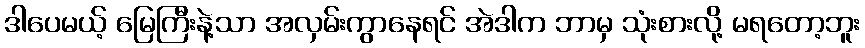
ဒါပေမယ့် မြေကြီးနဲ့သာ အလှမ်းကွာနေရင် အဲဒါက ဘာမှ သုံးစားလို့ မရတော့ဘူး